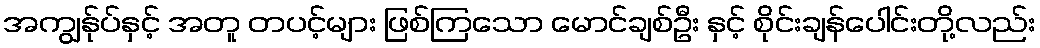
အကျွန်ုပ်နှင့် အတူ တပင့်များ ဖြစ်ကြသော မောင်ချစ်ဦး နှင့် စိုင်းချန်ပေါင်းတို့လည်း